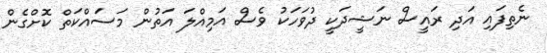
ނެތިފައި އަދި ރައީސް ނަޝީދަކީ ދުވަހަކު ވެސް އަމިއްލަ އަތުން މަސައްކަތް ކޮށްގެން